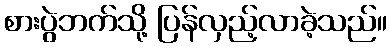
စားပွဲဘက်သို့ ပြန်လှည့်လာခဲ့သည်။